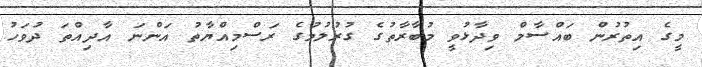
މީގެ އިތުރުން ބައްސާމް ވިދާޅުވީ މުބާރާތުގެ ގުރުލުމުގެ ރަސްމިއްޔާތު އަންނަ އާދިއްތަ ދުވަހު